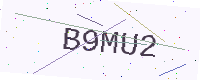
Text: B9MU2